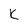
Character: K